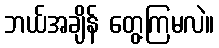
ဘယ်အချိန် တွေ့ကြမလဲ။